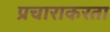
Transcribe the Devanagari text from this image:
प्रचाराकरता